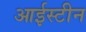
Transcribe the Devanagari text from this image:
आईस्टीन